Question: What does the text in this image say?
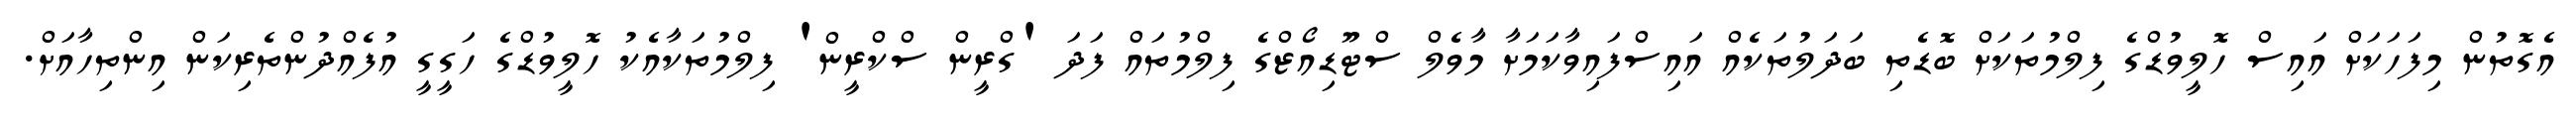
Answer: އެގޮތުން މިފަހަކަށް އައިސް ހޮލީވުޑްގެ ފިލްމުތަކަށް ބޮޑެތި ބަދަލުތަކެއް އައިސްފައިވާކަމަށާ މާވެލް ސްޓޫޑިއޯޒްގެ ފިލްމުތައް ފަދަ 'ގްރީން ސްކްރީން' ފިލްމުތަކާއެކު ހޮލީވުޑްގެ ހަގީގީ އުފެއްދުންތެރިކަން އިންތިހާއަށް.